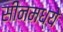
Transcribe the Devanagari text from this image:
सीनमध्ये